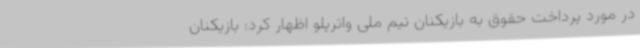
در مورد پرداخت حقوق به بازیکنان تیم ملی واترپلو اظهار کرد: بازیکنان